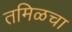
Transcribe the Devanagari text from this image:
तमिळचा